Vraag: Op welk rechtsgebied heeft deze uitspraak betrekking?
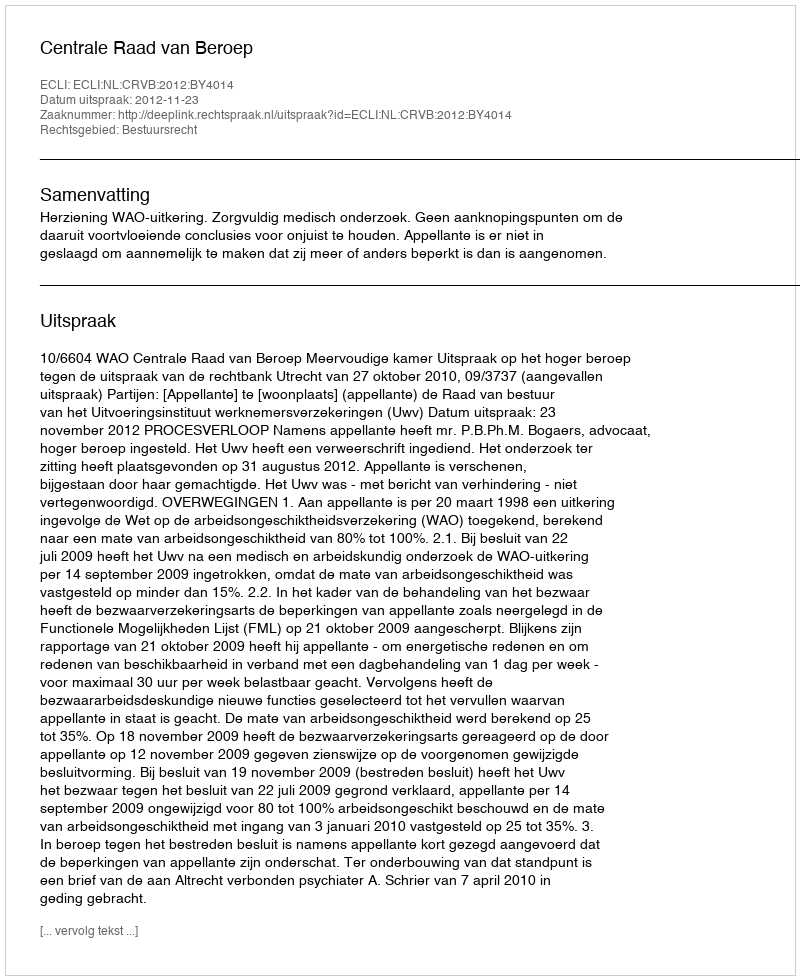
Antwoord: Bestuursrecht